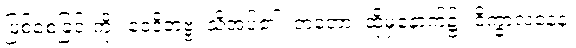
ဖြစ်စေခြင်းကို။ ဝေဒိတဗ္ဗံ၊ သိအပ်၏။ တတော၊ ထိုမှနောက်၌။ ဝိက္ခာလနေန၊